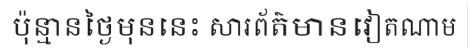
ប៉ុន្មានថ្ងៃមុននេះ សារព័ត៌មានវៀតណាម